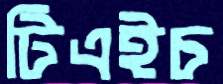
টিএইচ